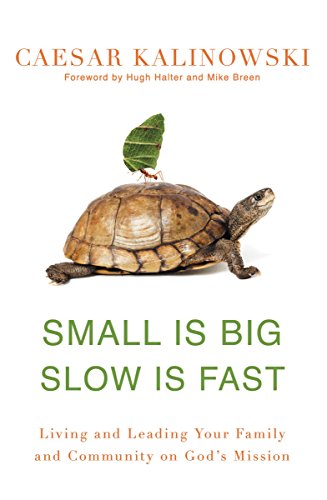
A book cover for Small Is Big, Slow Is Fast: Living and Leading Your Family and Community on God's Mission; Caesar Kalinowski; Christian Books & Bibles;